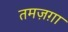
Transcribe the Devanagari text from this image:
तमज़ग़ा